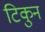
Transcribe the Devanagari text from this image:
टिकुन